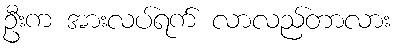
ဦးက အားလပ်ရက် လာလည်တာလား